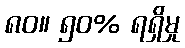
၈၀။ ၅၀% ရရှိမှု